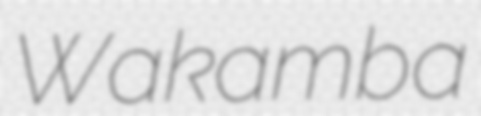
Wakamba